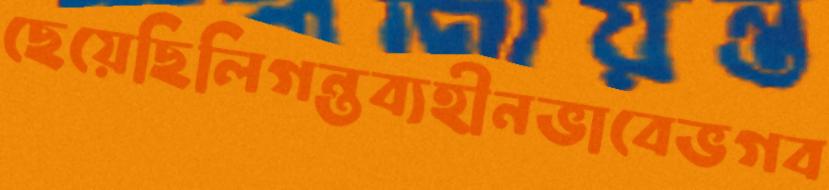
ছেয়েছিলিগন্তব্যহীনভাবেভগব